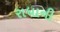
રાધાની